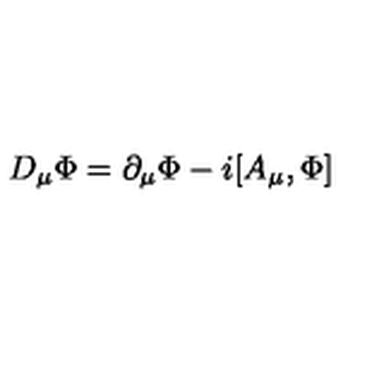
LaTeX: D _ { \mu } { \Phi } = \partial _ { \mu } { \Phi } - i [ A _ { \mu } , \Phi ]